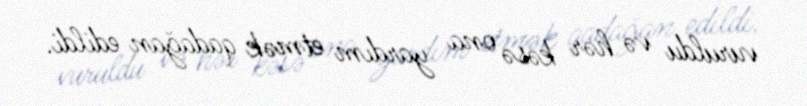
vuruldu və hər kəsə ona yardım etmək qadağan edildi.